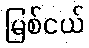
မြစ်ငယ်